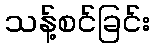
သန့်စင်ခြင်း